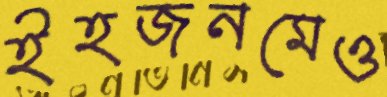
ইহজনমেও